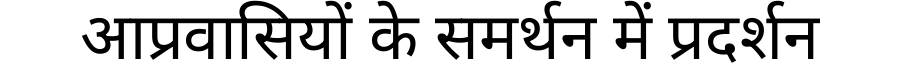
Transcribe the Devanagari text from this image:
आप्रवासियों के समर्थन में प्रदर्शन